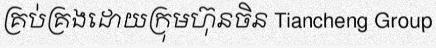
គ្រប់គ្រងដោយក្រុមហ៊ុនចិន Tiancheng Group